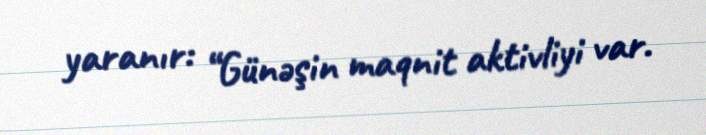
yaranır: “Günəşin maqnit aktivliyi var.